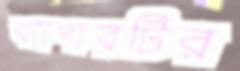
ব্যাপারটির